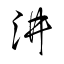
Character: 汫